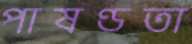
পাষণ্ডতা